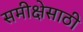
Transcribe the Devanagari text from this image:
समीक्षेसाठी